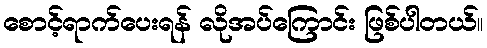
စောင့်ရာက်ပေးရန် လိုအပ်ကြောင်း ဖြစ်ပါတယ်။